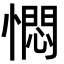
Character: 㦖